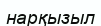
нарқызыл